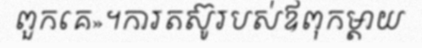
ពួកគេ»។ការតស៊ូរបស់ឪពុកម្តាយ